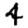
Digit: 4